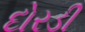
દોરડી